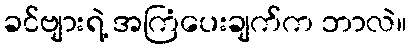
ခင်ဗျားရဲ့ အကြံပေးချက်က ဘာလဲ။